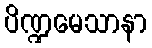
ပိဏ္ဍမေသာနာ